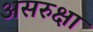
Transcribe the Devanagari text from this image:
असरुक्षा